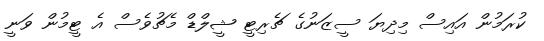
ކުރަމުން އައިސް މިދިޔަ ސީޒަނުގެ ޗެރިޓީ ޝީލްޑް މެޗުވެސް އެ ޓީމުން ވަނީ